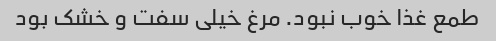
طمع غذا خوب نبود. مرغ خیلی سفت و خشک بود